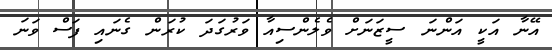
އޭނާ އަކީ އަންނަ ސީޒަނަށް ވެލެންސިއާ ވަރުގަދަ ކުރަން ގެނައި ފަސް ވަނަ